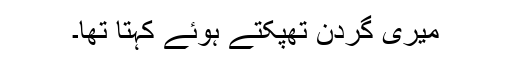
میری گردن تھپکتے ہوئے کہتا تھا۔